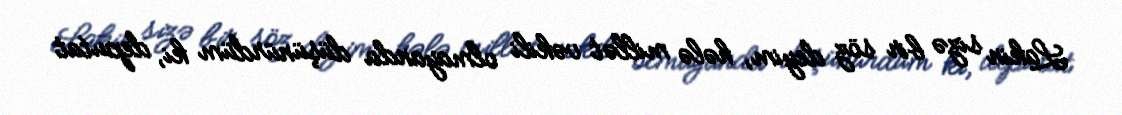
Lakin sizə bir söz deyim, hələ millət vəkili olmayanda düşünürdüm ki, deputat